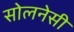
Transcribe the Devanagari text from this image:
सोलनेसी